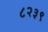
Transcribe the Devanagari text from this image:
८२३९